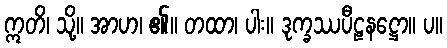
ဣတိ၊ သို့။ အာဟ၊ ၏။ တထာ၊ ပါး။ ဒုက္ခဿပီဠနဋ္ဌော။ ပ။